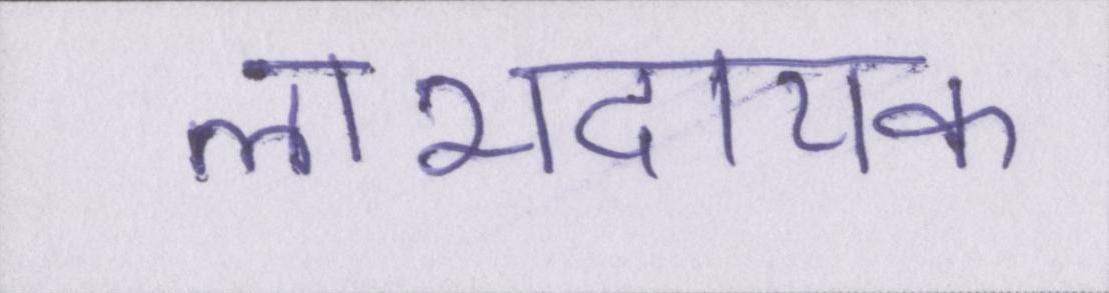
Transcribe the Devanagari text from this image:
लाभदायक